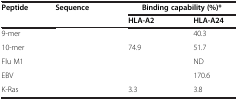
<table><thead><tr><td><b>Peptide</b></td><td><b>Sequence</b></td><td colspan="2"><b>Binding capability (%)*</b></td></tr><tr><td>[EMPTY_CELL]</td><td>[EMPTY_CELL]</td><td><b>HLA-A2</b></td><td><b>HLA-A24</b></td></tr></thead><tbody><tr><td>9-mer</td><td>[EMPTY_CELL]</td><td>[EMPTY_CELL]</td><td>40.3</td></tr><tr><td>10-mer</td><td>[EMPTY_CELL]</td><td>74.9</td><td>51.7</td></tr><tr><td>Flu M1</td><td>[EMPTY_CELL]</td><td>[EMPTY_CELL]</td><td>ND</td></tr><tr><td>EBV</td><td>[EMPTY_CELL]</td><td>[EMPTY_CELL]</td><td>170.6</td></tr><tr><td>K-Ras</td><td>[EMPTY_CELL]</td><td>3.3</td><td>3.8</td></tr></tbody></table>